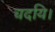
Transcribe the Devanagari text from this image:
चदयि।